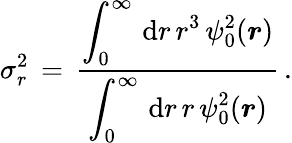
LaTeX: \begin{array}{l}{\displaystyle\sigma_{r}^{2}\, =\, \frac{\displaystyle\int_{0}^{\infty}\, \mathrm{d}r\, r^{3}\, \psi_{0}^{2}(\boldsymbol{r})}{\displaystyle\int_{0}^{\infty}\, \mathrm{d}r\, r\, \psi_{0}^{2}(\boldsymbol{r})}\, .}\end{array}